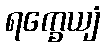
ရက္ခေယျံ